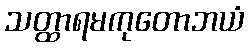
သတ္ထာရမကုတောဘယံ